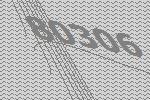
80306